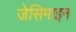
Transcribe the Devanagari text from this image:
जेसिमाइन